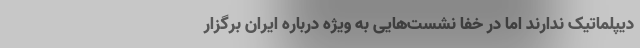
دیپلماتیک ندارند اما در خفا نشست‌هایی به ویژه درباره ایران برگزار